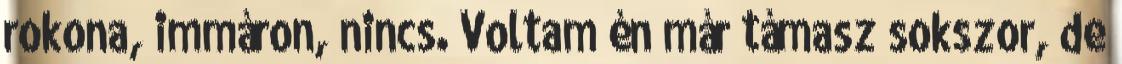
rokona, immáron, nincs. Voltam én már támasz sokszor, de